Report on sanitation, dispensaries, and jails in Rajputana for 1913, and on vaccination for the year 1913-1914 - 1913-1914
Year: 1913
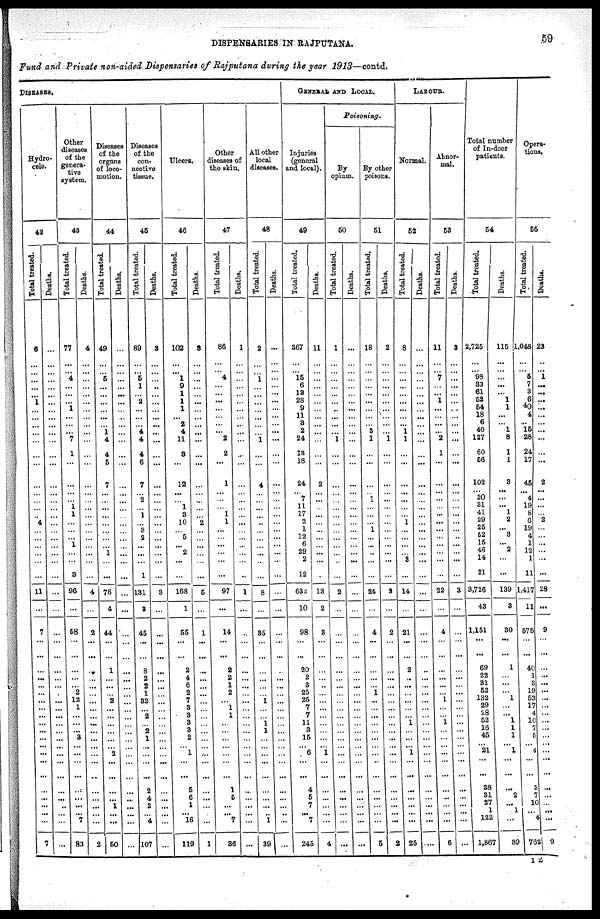
DISPENSARIES IN RAJPUTANA.
59
fund and Private non-aided Dispensaries of Rajputana during the year 1913—contd.
DISEASES.
Hydro¬
cele.
42
Total treated.
6
...
...
...
...
...
1
...
...
...
...
...
...
...
...
...
...
...
... 4
...
...
...
...
...
...
11
...
7
...
...
...
...
...
...
...
...
...
...
...
...
...
...
...
...
...
...
...
...
...
7
Deaths.
...
...
...
...
...
...
...
...
...
...
...
...
...
...
...
...
...
...
...
...
...
...
...
...
...
...
...
...
...
...
...
...
...
...
...
...
...
...
...
...
...
...
...
...
...
...
...
...
...
...
...
Other
diseases
of the
genera-
tive
system.
43
Total treated.
77
...
...
4
...
...
...
1
...
...
...
7
1
...
...
...
...
1 1
...
...
...
1
...
...
3
96
...
58
...
...
...
...
...
2
12
1
...
...
...
3
...
...
...
...
...
...
...
...
7
83
Deaths.
4
...
...
...
...
...
...
...
...
...
...
...
...
...
...
...
...
...
...
...
...
...
...
...
...
...
4
...
2
...
...
...
...
...
...
...
...
...
...
...
...
...
...
...
...
...
...
...
...
...
2
Diseases
of the
organs
of loco-
motion.
44
Total treated.
49
...
...
5
...
...
...
...
...
...
1
4
4
5
7
...
...
...
...
...
...
...
...
1
...
...
76
4
44
...
...
1
...
...
...
2
...
...
...
...
...
...
2
...
...
...
...
1
...
...
50
Deaths.
...
...
...
...
...
...
...
...
...
...
...
...
...
...
...
...
...
...
...
...
...
...
...
...
...
...
...
...
...
...
...
...
...
...
...
...
...
...
...
...
...
...
...
...
...
...
...
...
...
...
...
Diseases
of the
con-
nective
tissue.
45
Total treated.
89
...
...
5
1
...
2
...
...
... 4
4
4
6
7
... 2
... 1
...
3
2
...
...
...
1
131
3
45
...
...
8
2
2
1
32
...
2
...
2
1
...
...
...
...
2
4
2
...
4
107
Deaths.
3
...
...
...
...
...
...
...
...
...
...
...
...
...
...
...
...
...
...
...
...
...
...
...
...
...
3
...
...
...
...
...
...
...
...
...
...
...
...
...
...
...
...
...
...
...
...
...
...
..
...
Ulcers.
46
Total treated.
102
...
... 1
9
1
1
1
...
2
4
11
3
...
12
...
... 1
3
10
... 5
...
2
...
...
168
1
55
...
...
2
4
6
2
7
3
3
3
3
2
... 1
...
...
5
6
1
...
16
119
Deaths.
3
...
...
...
...
...
...
...
...
...
...
...
...
...
...
...
...
...
...
2
...
...
...
...
...
...
5
...
1
...
...
...
...
...
...
...
...
...
...
...
...
...
...
...
...
...
...
...
...
...
1
Other
diseases of
the skin.
47
Total treated.
86
...
...
4
...
...
...
...
...
...
...
2
2
...
1
...
...
...
1
1
...
...
...
...
...
...
97
...
14
...
...
2
2
1
2
...
1
1
...
...
...
...
...
...
...
1
5
...
...
7
36
Deaths.
1
...
...
...
...
...
...
...
...
...
...
...
...
...
...
...
...
...
...
...
...
...
...
...
...
...
1
...
...
...
...
...
...
...
...
...
...
...
...
...
...
...
...
...
...
...
...
...
...
...
...
All other
local
diseases.
48
Total treated.
2
...
...
1
...
...
...
...
...
...
...
1
...
...
4
...
...
...
...
...
...
...
...
...
...
...
8
...
35
...
...
...
...
...
...
1
...
...
1
1
...
...
...
...
...
...
...
...
...
1
39
Deaths.
...
...
...
...
...
...
...
...
...
...
...
...
...
...
...
...
...
...
...
...
...
...
...
...
...
...
...
...
...
...
...
...
...
...
...
...
...
...
...
...
...
...
...
...
...
...
...
...
...
...
...
GENERAL AND LOCAL.
Injuries
(general
and local).
49
Total treated.
367
...
...
15
6
13
28
9
11
3
2
24
13
18
24
... 7
11
17
2
1
12
6
29
2
12
632
10
98
...
...
20
2
3
25
25
7
7
11
3
15
... 6
...
...
4
5
7
...
7
245
Deaths.
11
...
...
...
...
...
...
...
...
...
...
...
...
...
2
...
...
...
...
...
...
...
...
...
...
...
13
2
3
...
...
...
...
...
...
...
...
...
...
...
...
...
1
...
...
...
...
...
...
...
4
Poisoning.
By
opium.
50
Total treated.
1
...
...
...
...
...
...
...
...
...
...
1
...
...
...
...
...
...
...
...
...
...
...
...
...
...
2
...
...
...
...
...
...
...
...
...
...
...
...
...
...
...
...
...
...
...
...
...
...
...
...
Deaths.
...
...
...
...
...
...
...
...
...
...
...
...
...
...
...
...
...
...
...
...
...
...
...
...
...
...
...
...
...
...
...
...
...
...
...
...
...
...
...
...
...
...
...
...
...
...
...
...
...
...
...
By other
poisons.
51
Total treated.
18
...
...
...
...
...
...
...
...
...
3
1
...
...
...
... 1 ...
...
...
1
...
...
...
...
...
24
...
4
...
...
...
...
... 1
...
...
...
...
...
...
...
...
...
...
...
...
...
...
...
5
Deaths.
2
...
...
...
...
...
...
...
...
...
...
1
...
...
...
...
...
...
...
...
...
...
...
...
...
...
3
...
2
...
...
...
...
...
...
...
...
...
...
...
...
...
...
...
...
...
...
...
...
... 2
LABOUR.
Normal.
52
Total treated.
8
...
...
...
...
...
...
...
...
...
1
1
...
...
...
...
...
...
...
1
...
...
...
...
3
...
14
...
21
...
...
2
...
...
...
...
...
...
1
...
...
... 1
...
...
...
...
...
...
...
25
Deaths.
...
...
...
...
...
...
...
...
...
...
...
...
...
...
...
...
...
...
...
...
...
...
...
...
...
...
...
...
...
...
...
...
...
...
...
...
...
...
...
...
...
...
...
...
...
...
...
...
...
...
...
Abnor-
mal.
53
Total treated.
11
...
...
7
...
...
1
...
...
...
...
2
1
...
...
...
...
...
...
...
...
...
...
...
...
...
22
...
4
...
...
...
...
...
...
1
...
...
1
...
...
...
...
...
...
...
...
...
...
...
6
Deaths.
3
...
...
...
...
...
...
...
...
...
...
...
...
...
...
...
...
...
...
...
...
...
...
...
...
3
...
...
...
...
...
...
...
...
...
...
...
...
...
...
...
...
...
...
...
...
...
...
...
...
Total number
of In-door
patients.
54
Total treated.
2,725
...
...
98
33
61
52
54
18
6
40
127
60
56
102
... 20
31
41
29
25
52
15
46
14
21
3,726
43
1,151
...
...
69
22
31
52
132
29
28
52
16
45
...
21
...
...
38
31
27
1
122
1,867
Deaths.
115
...
...
...
...
...
1
1
...
...
1
8
1
1
3
...
...
...
1
2
... 3
... 2
...
...
139
3
30
...
...
1
...
...
... 1
...
... 1
1
1
... 1
...
...
...
2
...
1
...
39
Opera-
tions.
55
Total treated.
1,048
...
... 5
7
3
6
40
4
.. 15
28
24
17
45
... 4
19
8
6
19
4
1
12
1
11
1,417
11
575
...
...
40
1
3
19
53
17
4
10
7
5
... 4
...
...
3
7
10
...
4
762
Deaths.
23
..
..
1
...
...
...
...
...
...
...
...
...
...
2
...
...
...
...
2
...
...
...
...
...
...
28
...
9
...
...
...
...
...
...
...
...
...
...
...
...
...
...
...
...
...
...
...
...
...
9
I 2